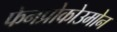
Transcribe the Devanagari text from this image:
फेनप्रोकोउमोन